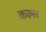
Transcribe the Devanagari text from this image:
कल्स